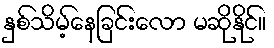
နှစ်သိမ့်နေခြင်းလော မဆိုနိုင်။